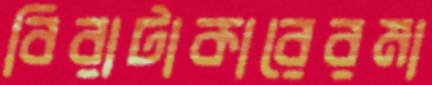
বিরাটাকারেরমা